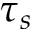
\tau _ { s }